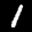
Digit: 1